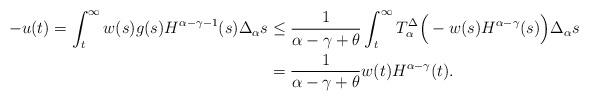
LaTeX: \begin{align*}-u(t)=\int_{t}^{\infty}w(s)g(s)H^{\alpha-\gamma-1}(s)\Delta_\alpha s&\leq \frac{1}{\alpha-\gamma+\theta}\int_{t}^{\infty} T_\alpha^\Delta \Big(-w(s)H^{\alpha-\gamma}(s)\Big)\Delta_\alpha s\\&=\frac{1}{\alpha-\gamma+\theta}w(t)H^{\alpha-\gamma}(t).\end{align*}